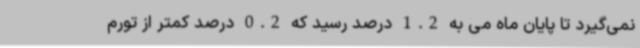
نمی‌گیرد تا پایان ماه می به 1.2 درصد رسید که 0.2 درصد کمتر از تورم